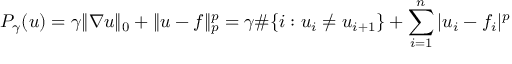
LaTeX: P _ { \gamma } ( u ) = \gamma \| \nabla u \| _ { 0 } + \| u - f \| _ { p } ^ { p } = \gamma \# \{ i : u _ { i } \neq u _ { i + 1 } \} + \sum _ { i = 1 } ^ { n } | u _ { i } - f _ { i } | ^ { p }